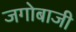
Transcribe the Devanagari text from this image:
जगोबाजी